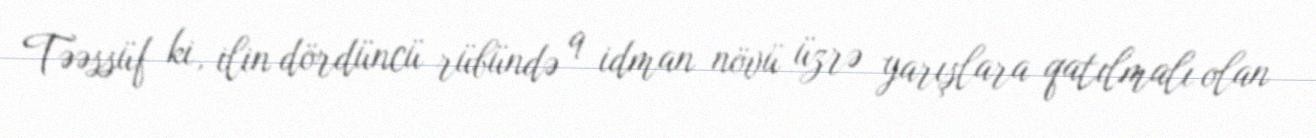
Təəssüf ki, ilin dördüncü rübündə 9 idman növü üzrə yarışlara qatılmalı olan